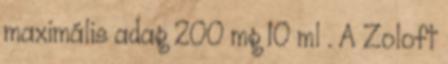
maximális adag 200 mg 10 ml . A Zoloft